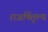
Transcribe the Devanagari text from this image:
राजर्षितुल्य